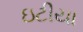
ઇટીયા